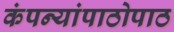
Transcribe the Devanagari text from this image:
कंपन्यांपाठोपाठ